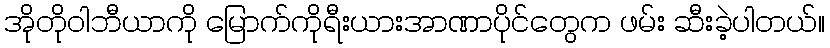
အိုတိုဝါဘီယာကို မြောက်ကိုရီးယားအာဏာပိုင်တွေက ဖမ်း ဆီးခဲ့ပါတယ်။